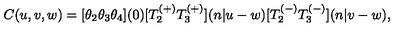
C ( u , v , w ) = { [ } \theta _ { 2 } \theta _ { 3 } \theta _ { 4 } { ] } ( 0 ) { [ } T _ { 2 } ^ { ( + ) } T _ { 3 } ^ { ( + ) } { ] } ( n | u - w ) { [ } T _ { 2 } ^ { ( - ) } T _ { 3 } ^ { ( - ) } { ] } ( n | v - w ) ,